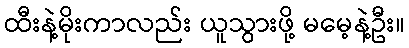
ထီးနဲ့မိုးကာလည်း ယူသွားဖို့ မမေ့နဲ့ဦး။